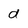
Character: d